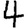
Digit: 4